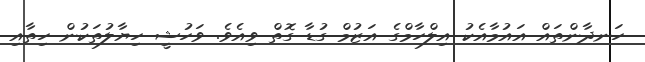
ހަނދާންތައް އައުމާއެކު އިލްހާމްގެ އަޒުމް ގުޑާ ގޮތް ވިއެވެ. ވަހުޝީ ހިޔާލުތަކުން ހިތާއި